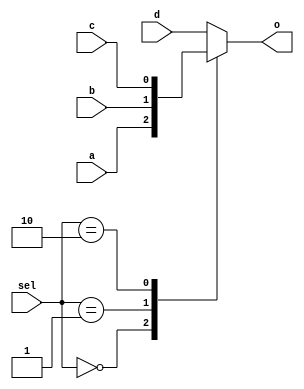
`timescale 1ns / 1ps



module mux(a,b,c,d,sel,o);
    input a;
    input b;
    input c;
    input d;
    input [1:0]sel;
    output reg o;
    
    
    always @(a or b or c or d or sel)
    begin
        case(sel)
        2'b00 : o = a;
        2'b01 : o = b;
        2'b10 : o = c;
        default : o = d;
        endcase
    end
endmodule